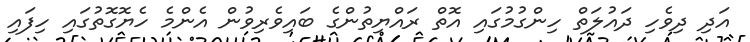
އަދި ދިވެހި ދައުލަތް ހިންގުމުގައި އޮތް ރައްޔިތުންގެ ބައިވެރިވުން އެންމެ ހެޔޮގޮތުގައި ހިފައި